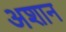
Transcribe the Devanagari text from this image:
अशान